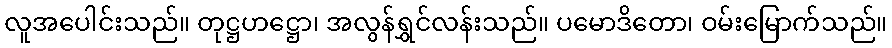
လူအပေါင်းသည်။ တုဋ္ဌဟဋ္ဌော၊ အလွန်ရွှင်လန်းသည်။ ပမောဒိတော၊ ဝမ်းမြောက်သည်။